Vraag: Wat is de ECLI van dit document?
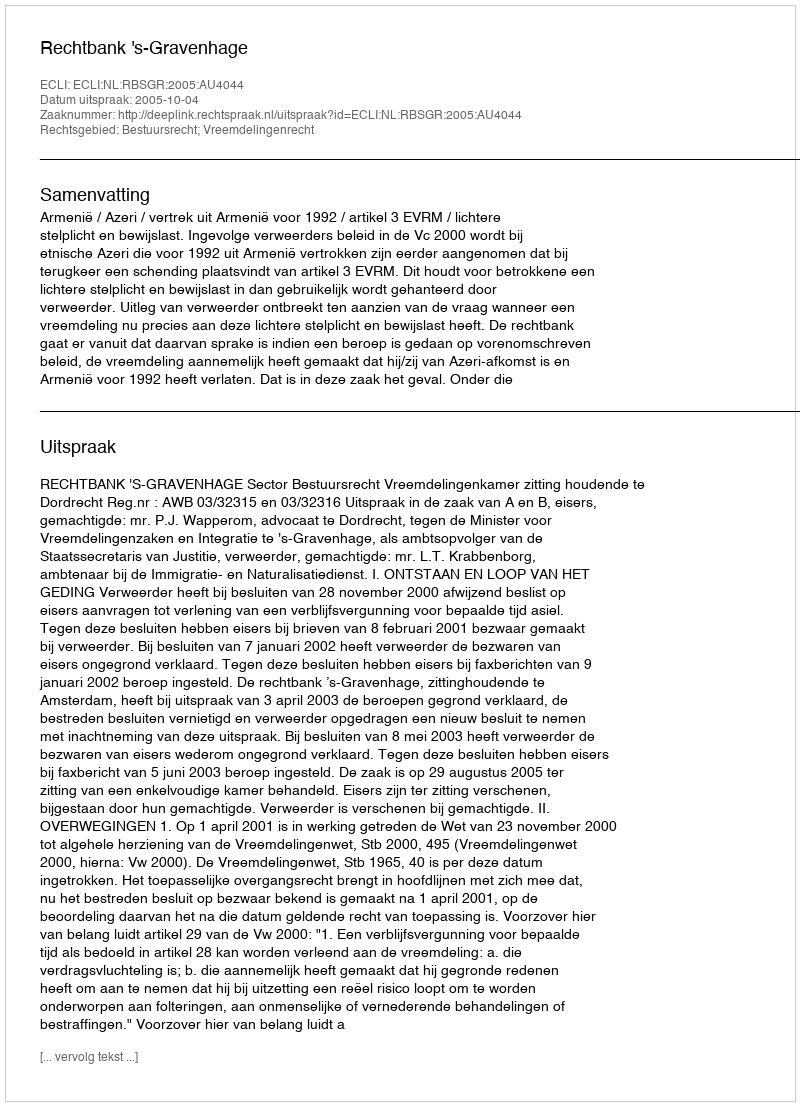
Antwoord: ECLI:NL:RBSGR:2005:AU4044